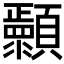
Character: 𬱐